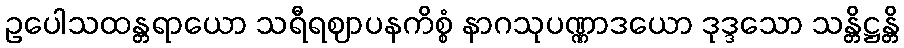
ဥပေါသထန္တရာယော သရီရဈာပနကိစ္စံ နာဂသုပဏ္ဏာဒယော ဒုဒ္ဒသော သန္တိဋ္ဌန္တိ